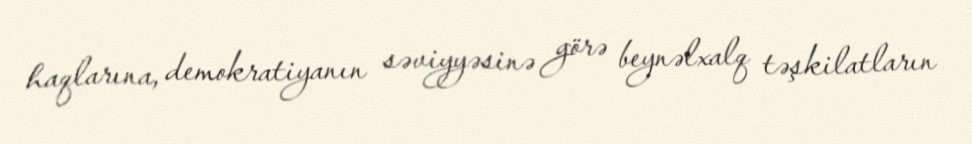
haqlarına, demokratiyanın səviyyəsinə görə beynəlxalq təşkilatların